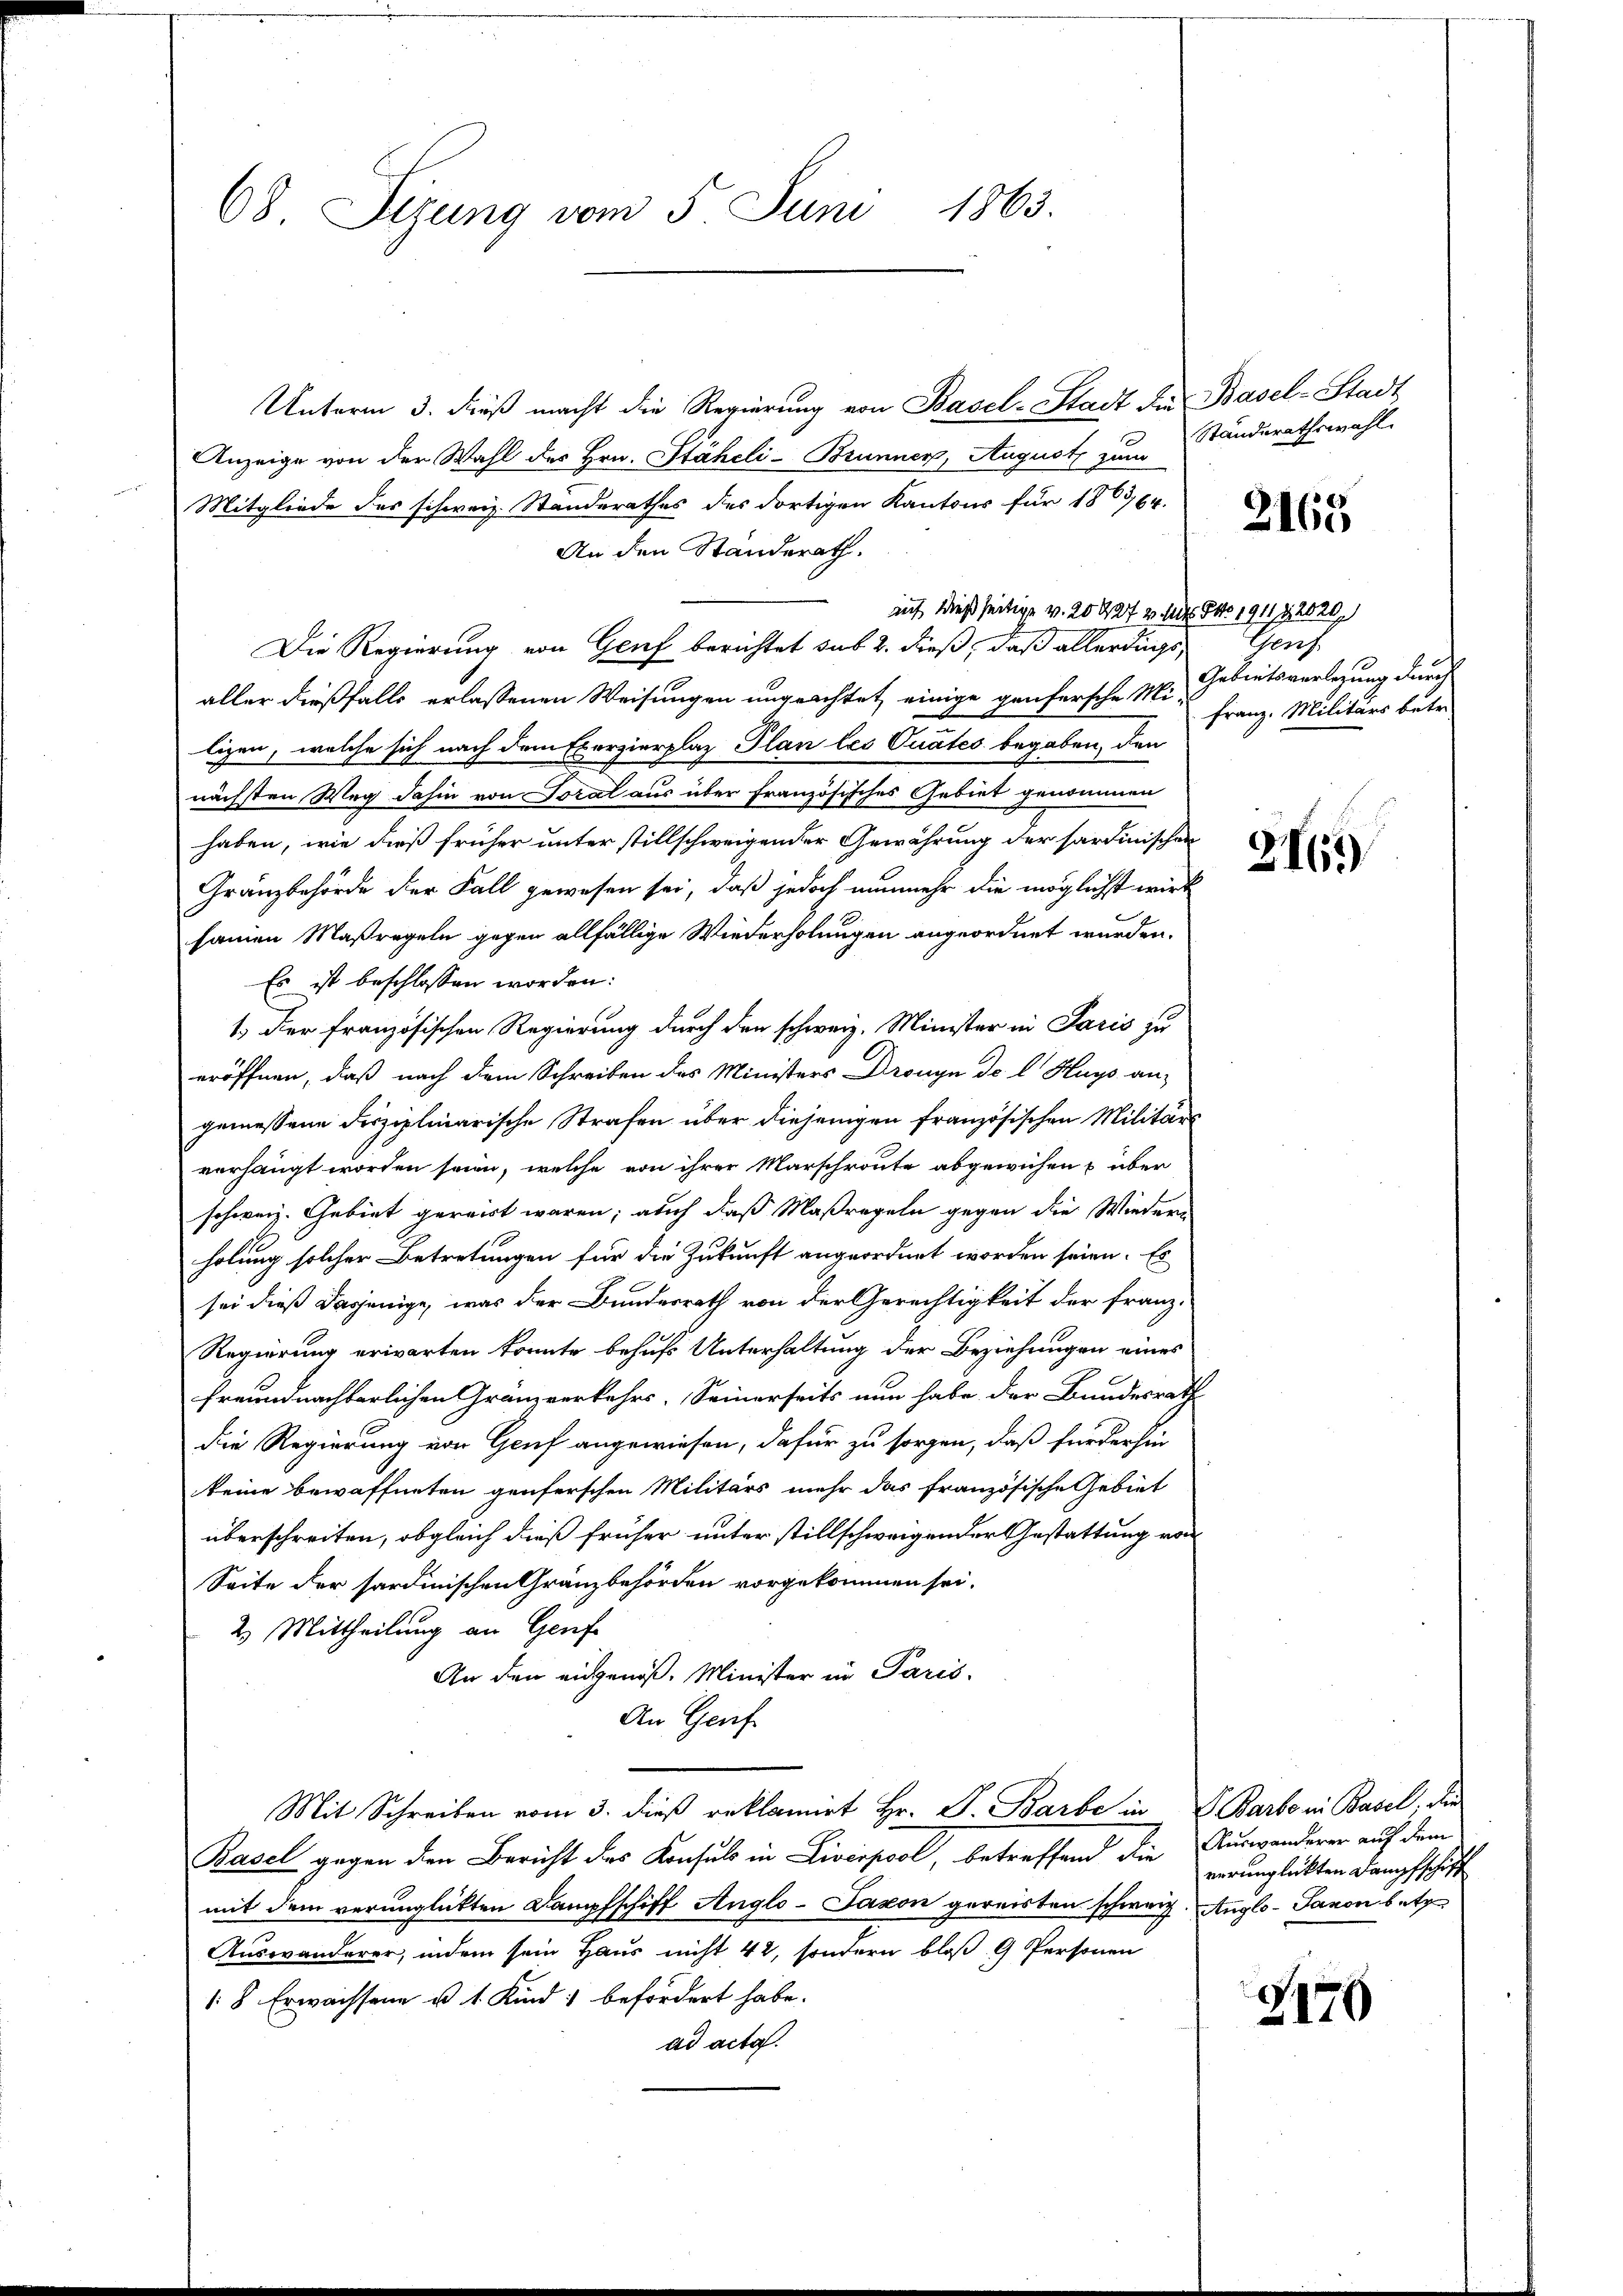
68. Sizung vom 5. Juni 1863.

Unterm 3. dieß macht die Regierung von Basel-Stadt der Basel-Stadt
Anzeige von der Wahl des Hrn. Stäheli-Brunner, August zum
Mitgliede des schweiz. Standerathes des dortigen Kantons für 1863/64.
An den Standerath.
auf dießseitige v. 20427 v. Mts. No. 1911 § 2020.)
Die Regierung von Genf berichtet sub 2. dieß, daß allerdings,
aller dießfalls erlassenen Weisungen ungeachtet, einige genfersche Mi-
lizen, welche sich nach dem Exerzierplaz Plan les Quates begaben, den
nächsten Weg dahin von Toral aus über französisches Gebiet genommen
haben, wie dieß früher unter stillschweigender Gewährung der sardinischen
Gränzbehörde der Fall gewesen sei, daß jedoch nunmehr die möglichst wirk
samen Maßregeln gegen allfällige Wiederholungen angeordnet wurden.
Es ist beschlossen worden:
1.) Der französischen Regierung durch den schweiz. Minister in Paris zu
eröffnen, daß nach dem Schreiben des Ministers Dronyn de l. Hugs an-
gemessene Disziplinarische Strafen über diejenigen französischen Militärs
verhängt worden seien, welche von ihrer Marschroute abgewichen & über
schweiz. Gebiet gereist waren; auch daß Maßregeln gegen die Wiedern
holung solcher Betretungen für die Zukunft angeordnet worden seien. Es
sei dieß dasjenige, was der Bundesrath von der Gerechtigkeit der Franz
Regierung erwarten konnte behufs Unterhaltung der Beziehungen eines
freundnachbarlichen Gränzverkehrs. Seinerseits nun habe der Bundesrath
die Regierung von Genf angewiesen, dafür zu sorgen, daß für der hin
keine bewaffneten genferschen Militärs mehr das französische Gebiet
überschreiten, obgleich dieß früher unter stillschweigender Gestattung von
Seite der sardinischen Gränzbehörden vorgekommen sei.
2. Mittheilung an Genf
An den eidgenöß. Minister in Paris.
An Genf
Mit Schreiben vom 3. dieß reklamirt Hr. P. Barbe in P. Barbe in Basel, den
Basel gegen den Bericht des Konsuls in Livirpool, betreffend die Auswanderer auf dem
mit dem verunglückten Dampfschiff Auglo-Jaxon gereisten schweiz. Auglo-Javon betr
Auswanderer, indem sein Haus nicht 42, sondern bloß 9 Personen
1:8 Erwachsene u 1. Kind befördert habe.
ad acta.

Ständerathswahl.

2165

Thaus
Gebietsverlegung durch
Franz, Militärs betr.

2461)

verunglückten Dampfschiff

2170